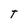
Character: T